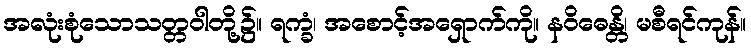
အလုံးစုံသောသတ္တဝါတို့၌။ ရက္ခံ၊ အစောင့်အရှောက်ကို။ နဝိဓေန္တိ၊ မစီရင်ကုန်။